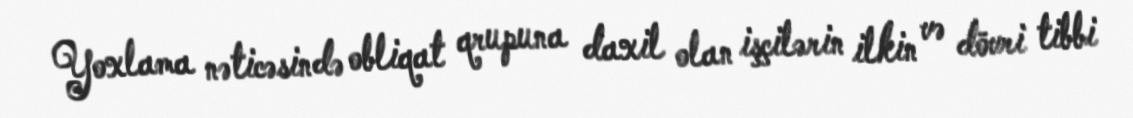
Yoxlama nəticəsində obliqat qrupuna daxil olan işçilərin ilkin və dövri tibbi